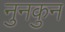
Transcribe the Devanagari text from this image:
नुनकुन